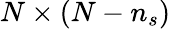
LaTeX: N\times(N-n_{s})